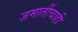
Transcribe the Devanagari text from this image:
जमातींचाही